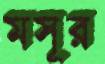
মসূর